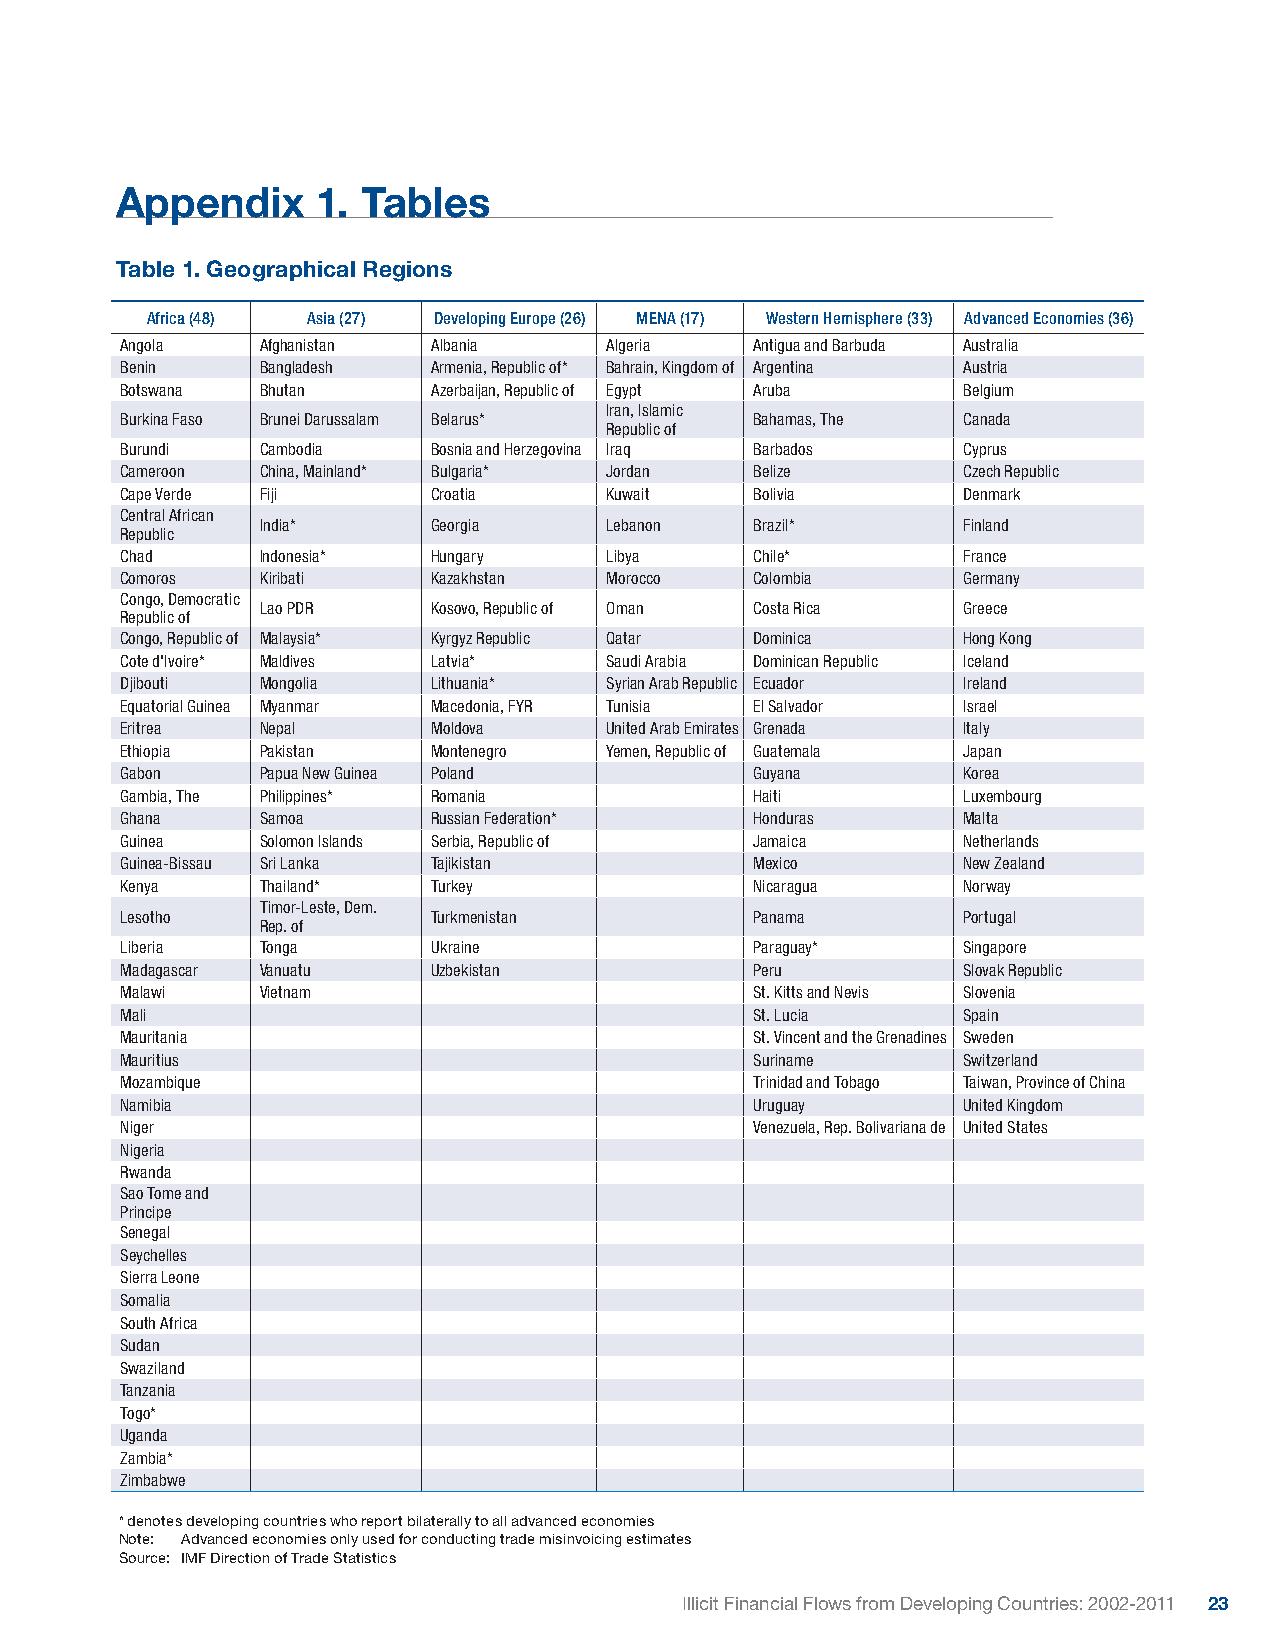
Appendix     1. Tables
 Table 1. Geographical Regions
 Africa (48) Asia (27) Developing Europe (26) MENA (17) Western Hemisphere (33) Advanced Economies (36)
 Angola   Afghanistan Albania    Algeria   Antigua and Barbuda Australia
 Benin    Bangladesh  Armenia, Republic of* Bahrain, Kingdom of Argentina Austria
 Botswana Bhutan      Azerbaijan, Republic of Egypt Aruba Belgium
 Iran, Islamic
 Burkina Faso Brunei Darussalam Belarus*   Bahamas, The  Canada
 Republic of
 Burundi  Cambodia    Bosnia and Herzegovina Iraq Barbados Cyprus
 Cameroon China, Mainland* Bulgaria* Jordan Belize       Czech Republic
 Cape Verde Fiji      Croatia    Kuwait    Bolivia       Denmark
 Central African
 India*      Georgia    Lebanon   Brazil*       Finland
 Republic
 Chad     Indonesia*  Hungary    Libya     Chile*        France
 Comoros  Kiribati    Kazakhstan Morocco   Colombia      Germany
 Congo, Democratic
 Lao PDR     Kosovo, Republic of Oman Costa Rica Greece
 Republic of
 Congo, Republic of Malaysia* Kyrgyz Republic Qatar Dominica Hong Kong
 Cote d'Ivoire* Maldives Latvia* Saudi Arabia Dominican Republic Iceland
 Djibouti Mongolia    Lithuania* Syrian Arab Republic Ecuador Ireland
 Equatorial Guinea Myanmar Macedonia, FYR Tunisia El Salvador Israel
 Eritrea  Nepal       Moldova    United Arab Emirates Grenada Italy
 Ethiopia Pakistan    Montenegro Yemen, Republic of Guatemala Japan
 Gabon    Papua New Guinea Poland          Guyana        Korea
 Gambia, The Philippines* Romania          Haiti         Luxembourg
 Ghana    Samoa       Russian Federation*  Honduras      Malta
 Guinea   Solomon Islands Serbia, Republic of Jamaica    Netherlands
 Guinea-Bissau Sri Lanka Tajikistan        Mexico        New Zealand
 Kenya    Thailand*   Turkey               Nicaragua     Norway
 Timor-Leste, Dem.
 Lesotho              Turkmenistan         Panama        Portugal
 Rep. of
 Liberia  Tonga       Ukraine              Paraguay*     Singapore
 Madagascar Vanuatu   Uzbekistan           Peru          Slovak Republic
 Malawi   Vietnam                          St. Kitts and Nevis Slovenia
 Mali                                      St. Lucia     Spain
 Mauritania                                St. Vincent and the Grenadines Sweden
 Mauritius                                 Suriname      Switzerland
 Mozambique                                Trinidad and Tobago Taiwan, Province of China
 Namibia                                   Uruguay       United Kingdom
 Niger                                     Venezuela, Rep. Bolivariana de United States
 Nigeria
 Rwanda
 Sao Tome and
 Principe
 Senegal
 Seychelles
 Sierra Leone
 Somalia
 South Africa
 Sudan
 Swaziland
 Tanzania
 Togo*
 Uganda
 Zambia*
 Zimbabwe
 * denotes developing countries who report bilaterally to all advanced economies
 Note: Advanced economies only used for conducting trade misinvoicing estimates
 Source: IMF Direction of Trade Statistics
 Illicit Financial Flows from Developing Countries: 2002-2011 23